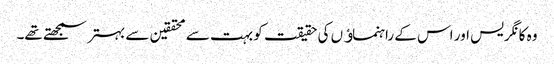
وہ کانگریس اور اس کے راہنماﺅں کی حقیقت کو بہت سے محققین سے بہتر سمجھتے تھے۔